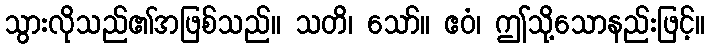
သွားလိုသည်၏အဖြစ်သည်။ သတိ၊ သော်။ ဧဝံ၊ ဤသို့သောနည်းဖြင့်။